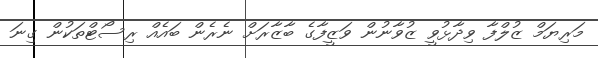
މަރިޔަމް ޒުލްފާ ވިދާޅުވީ ޒުވާނުން ވަޒީފާގެ ބާޒާރަށް ނެރެން ބައެއް ރިސޯޓްތަކުން ގިނަ